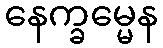
နေက္ခမ္မေန